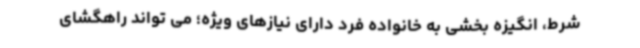
شرط، انگیزه بخشی به خانواده فرد دارای نیازهای ویژه؛ می تواند راهگشای